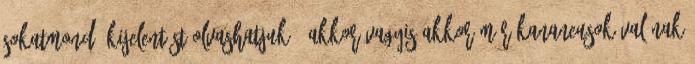
sokatmondó kijelentést olvashatjuk: ‘Akkor vagyis akkor már Kananeusok valának